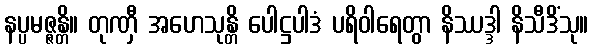
နပ္ပမဇ္ဇန္တိ။ တုဏှီ အဟေသုန္တိ ပေါဋ္ဌပါဒံ ပရိဝါရေတွာ နိဿဒ္ဒါ နိသီဒိံသု။